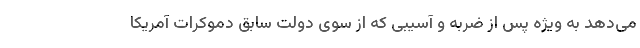
می‌دهد به ویژه پس از ضربه و آسیبی که از سوی دولت سابق دموکرات آمریکا